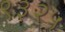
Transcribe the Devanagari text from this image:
९३२५